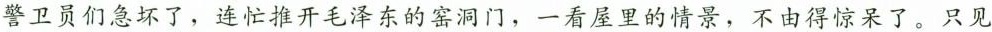
警卫员们急坏了，连忙推开毛泽东的窑洞门，一看屋里的情景，不由得惊呆了。只见